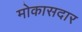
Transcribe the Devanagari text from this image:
मोकासदार